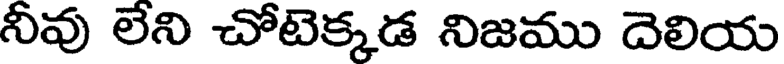
నీవు లేని చోటెక్కడ నిజము దెలియ